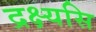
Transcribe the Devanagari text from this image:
द्रक्ष्यसि